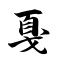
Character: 戛